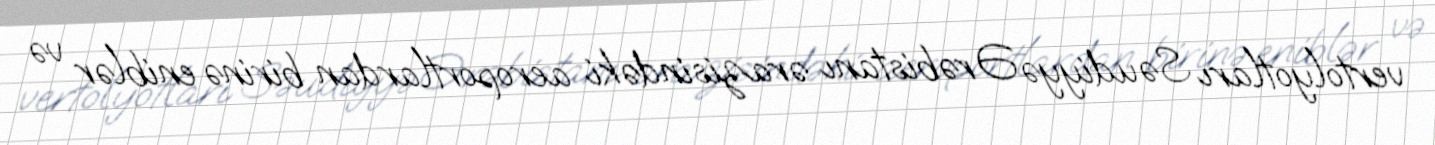
vertolyotları Səudiyyə Ərəbistanı ərazisindəki aeroportlardan birinə eniblər və